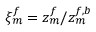
\xi _ { m } ^ { f } = z _ { m } ^ { f } / z _ { m } ^ { f , b }